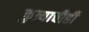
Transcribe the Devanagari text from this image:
कुत्र्याचीही